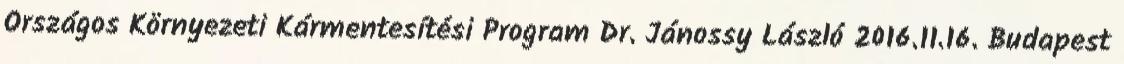
Országos Környezeti Kármentesítési Program Dr. Jánossy László 2016.11.16. Budapest